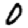
Digit: 0